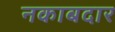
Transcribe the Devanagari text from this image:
नकाबदार